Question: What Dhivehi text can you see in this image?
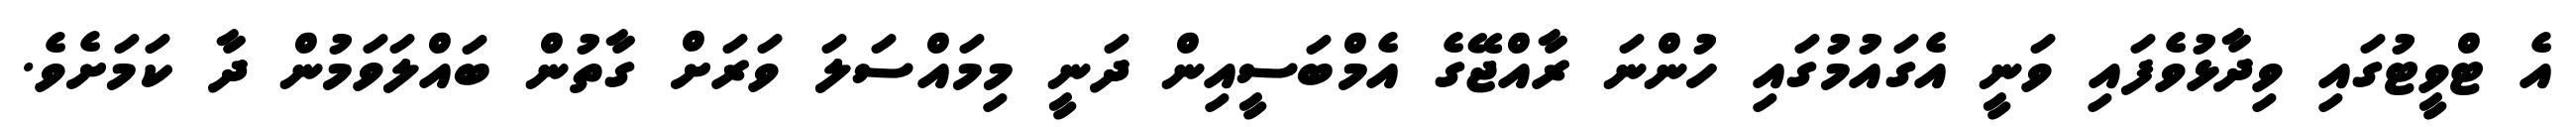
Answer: އެ ޓްވީޓުގައި ވިދާޅުވެފައި ވަނީ އެގައުމުގައި ހުންނަ ރާއްޖޭގެ އެމްބަސީއިން ދަނީ މިމައްސަލަ ވަރަށް ގާތުން ބައްލަވަމުން ދާ ކަމަށެވެ.